Report on vaccination in Madras 1922-1929 - 1922-1929
Year: 1922
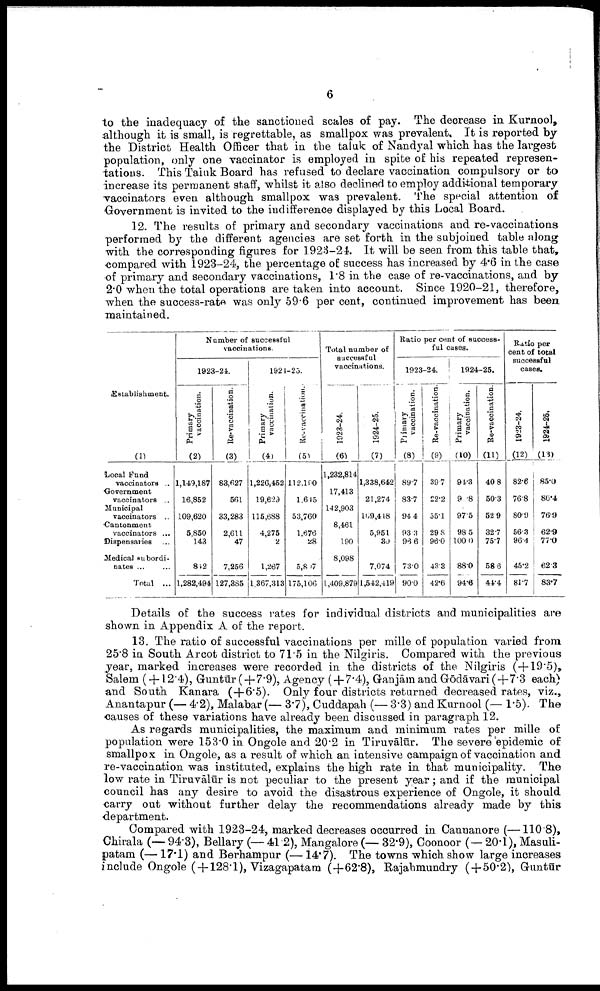
6
to the inadequacy of the sanctioned scales of pay. The decrease in Kurnool,
although it is small, is regrettable, as smallpox was prevalent. It is reported by
the District Health Officer that in the taluk of Nandyal which has the largest
population, only one vaccinator is employed in spite of his repeated represen
tations. This Taluk Board has refused to declare vaccination compulsory or to
increase its permanent staff, whilst it also declined to employ additional temporary
vaccinators even although smallpox was prevalent. The special attention of
Government is invited to the indifference displayed by this Local Board.
12. The results of primary and secondary vaccinations and re-vaccinations
performed by the different agencies are set forth in the subjoined table along
with the corresponding figures for 1923-24. It will be seen from this table that,
compared with 1923-24, the percentage of success has increased by 4.6 in the case
of primary and secondary vaccinations, 1.8 in the case of re-vaccinations, and by
2.0 when the total operations are taken into account. Since 1920-21, therefore,
when the success-rate was only 59.6 per cent, continued improvement has been
maintained.
Establishment.
(1)
Local Fund
vaccinators ...
Government
vaccinators ...
Municipal
vaccinators …
Cantonment
vaccinators ...
Dispensaries …
Medical subordi
nates ... …
Total ...
Number of successful
vaccinations.
1923-21.
Primary
vaccination.
(2)
1,149,187
16,852
109,620
5,850
143
842
1,282,494
Re-vaccination.
(3)
83,627
561
33,283
2,611
47
7,256
127,385
1921-23.
Primary
vaccination.
(4)
1,226,452
19,629
115,688
4,275
2
1,267
1,367,313
Re-vaccination.
(5)
112,190
1,615
53,760
1,676
28
5,807
175,106
Total number of
successful
vaccinations.
1923-24.
(6)
1,232,814
17,413
142,903
8,461
190
8,098
…
1,409,879
1924-25.
(7)
1,338,642
21,274
169,418
5,951
30
7,074
1,542,419
Ratio per cent of success
ful oases.
1923-24.
Primary
vaccination.
(8)
89.7
83.7
94.4
93.3
36.6
73.0
90.0
Re-vaccination.
(9)
39.7
22.2
55.1
29.8
96.0
43.3
42.6
1924-25.
Primary
vaccination.
(10)
91.3
9.8
97.5
98.5
100.0
88.0
94.6
Re-vaccination.
(11)
40.8
50.3
52.9
32.7
75.7
58.6
44.4
Ratio per
cent of total
successful
cases.
1923-24.
(12)
82.6
76.8
80.9
56.3
96.4
45.2
81.7
1924-26.
(13)
85.0
86.4
76.9
62.9
77.0
62.3
83.7
Details of the success rates for individual districts and municipalities are
shown in Appendix A of the report.
13. The ratio of successful vaccinations per mille of population varied from
25.8 in South Arcot district to 71.5 in the Nilgiris. Compared with the previous
year, marked increases were recorded in the districts of the Nilgiris (+19.5),
Salem ( +12.4), Guntūr (+7.9), Agency (+7.4), Ganjām and Gōdāvari(+7.3 each)
and South Kanara (+6.5). Only four districts returned decreased rates, viz.,
Anantapur (- 4.2), Malabar (- 3.7), Cuddapah (-3.3) and Kurnool (-1.5). The
causes of these variations have already been discussed in paragraph 12.
As regards municipalities, the maximum and minimum rates per mille of
population were 153.0 in Ongole and 20.2 in Tiruvālūr. The severe epidemic of
smallpox in Ongole, as a result of which an intensive campaign of vaccination and
re-vaccination was instituted, explains the high rate in that municipality. The
low rate in Tiruvālūr is not peculiar to the present year ; and if the municipal
council has any desire to avoid the disastrous experience of Ongole, it should
carry out without further delay the recommendations already made by this
department.
Compared with 1923-24, marked decreases occurred in Cannanore (-110.8),
Chirala (-94.3), Bellary (-41.2), Mangalore (-32.9), Coonoor (-20.1), Masuli¬
patam (-17.1) and Berhampur (-14.7). The towns which show large increases
include Ongole (+128.1), Vizagapatam (+62.8), Rajahmundry (+50.2), Guntūr